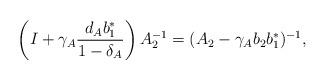
LaTeX: \begin{align*} \left( I + \gamma_A \frac{d_A b_1^*}{1-\delta_A} \right) A_2^{-1} = (A_2 - \gamma_A b_2 b_1^*)^{-1},\end{align*}